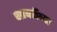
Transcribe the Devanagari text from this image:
सावरीच्या